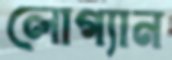
লোগ্যান